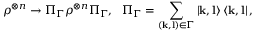
\rho ^ { \otimes n } \rightarrow \Pi _ { \Gamma } \rho ^ { \otimes n } \Pi _ { \Gamma } , ~ ~ \Pi _ { \Gamma } = \sum _ { ( \mathbf { k } , \mathbf { l } ) \in \Gamma } \left\vert \mathbf { k } , \mathbf { l } \right\rangle \left\langle \mathbf { k } , \mathbf { l } \right\vert ,